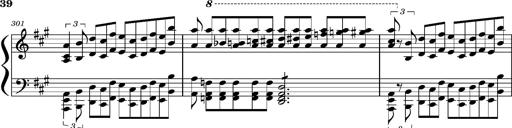
Title: Concerto sans orchestre, S.524a
Composer: Franz Liszt
Key: A major